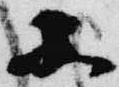
品